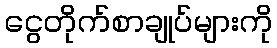
ငွေတိုက်စာချုပ်များကို